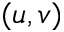
( u , v )